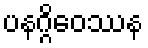
ပနဂ္ဂိဝေဿန